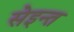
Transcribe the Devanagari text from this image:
सेइन्त